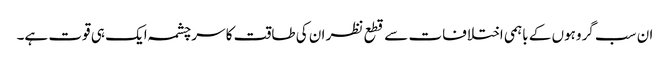
ان سب گروہوں کے باہمی اختلافات سے قطع نظر ان کی طاقت کا سرچشمہ ایک ہی قوت ہے۔